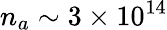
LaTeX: n_{a}\sim 3\times 10^{14}